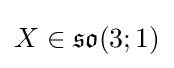
X\in {\mathfrak {so}}(3;1)